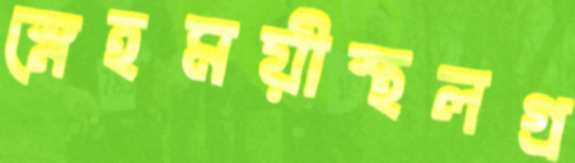
স্নেহময়ীস্থলগ্র